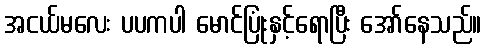
အငယ်မလေး ပပကပါ မောင်ပြုံးနှင့်ရောပြီး အော်နေသည်။